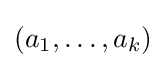
(a_{1},\dots ,a_{k})